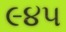
૯૪૫